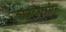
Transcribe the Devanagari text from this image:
कामवनतहसील